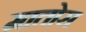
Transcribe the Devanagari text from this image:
मातोस